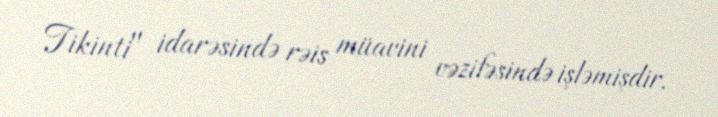
Tikinti" idarəsində rəis müavini vəzifəsində işləmişdir.